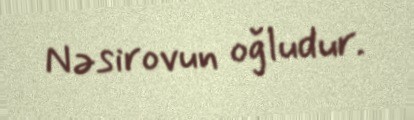
Nəsirovun oğludur.